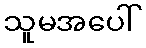
သူမအပေါ်